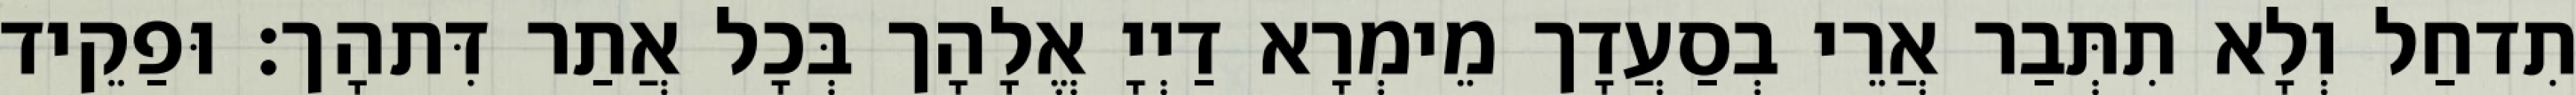
תִדחַל וְלָא תִתְּבַר אֲרֵי בְסַעֲדָך מֵימְרָא דַיְיָ אֱלָהָך בְּכָל אֲתַר דִּתהָך׃ וּפַקֵיד